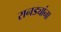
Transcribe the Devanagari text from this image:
रानड्यांना